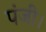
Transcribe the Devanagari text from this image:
पंजी।